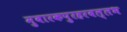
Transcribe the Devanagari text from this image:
मुबारकपुरहरबल्लभ